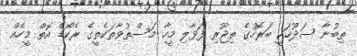
ތިބުނާ ސަދޫހަކީ ބަރޮހުގެ ތިޖޫރި ފަޅާލި މީހާ މަސްތުވާތަކެތީގެ ރެކޯޑް އޮތް މީހެއް